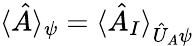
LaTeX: \langle\hat{A}\rangle_{\psi}=\langle\hat{A}_{I}\rangle_{\hat{U}_{A}\psi}